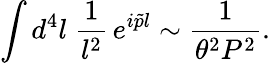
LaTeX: \int d^{4}l\; {\frac{1}{l^{2}}}\, e^{i\tilde{p}l}\sim{\frac{1}{\theta^{2}P^{2}}}.